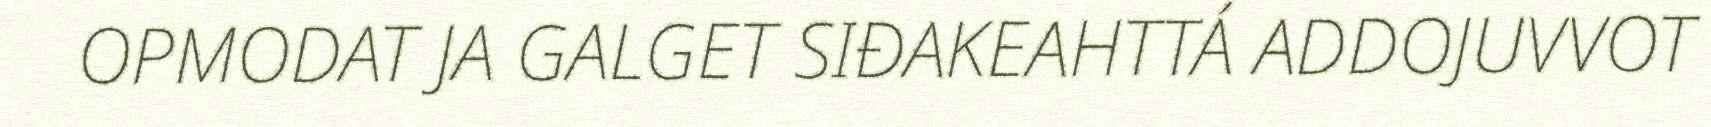
OPMODAT JA GALGET SIĐAKEAHTTÁ ADDOJUVVOT